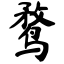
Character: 鹜